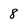
Character: 8